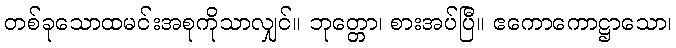
တစ်ခုသောထမင်းအစုကိုသာလျှင်။ ဘုတ္တော၊ စားအပ်ပြီ။ ဧကောကောဋ္ဌာသော၊